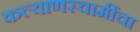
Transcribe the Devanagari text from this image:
कल्याणस्वामींचा